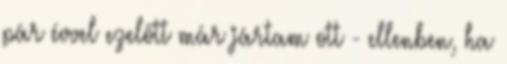
pár évvel ezelőtt már jártam ott - ellenben, ha